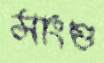
সাংগু